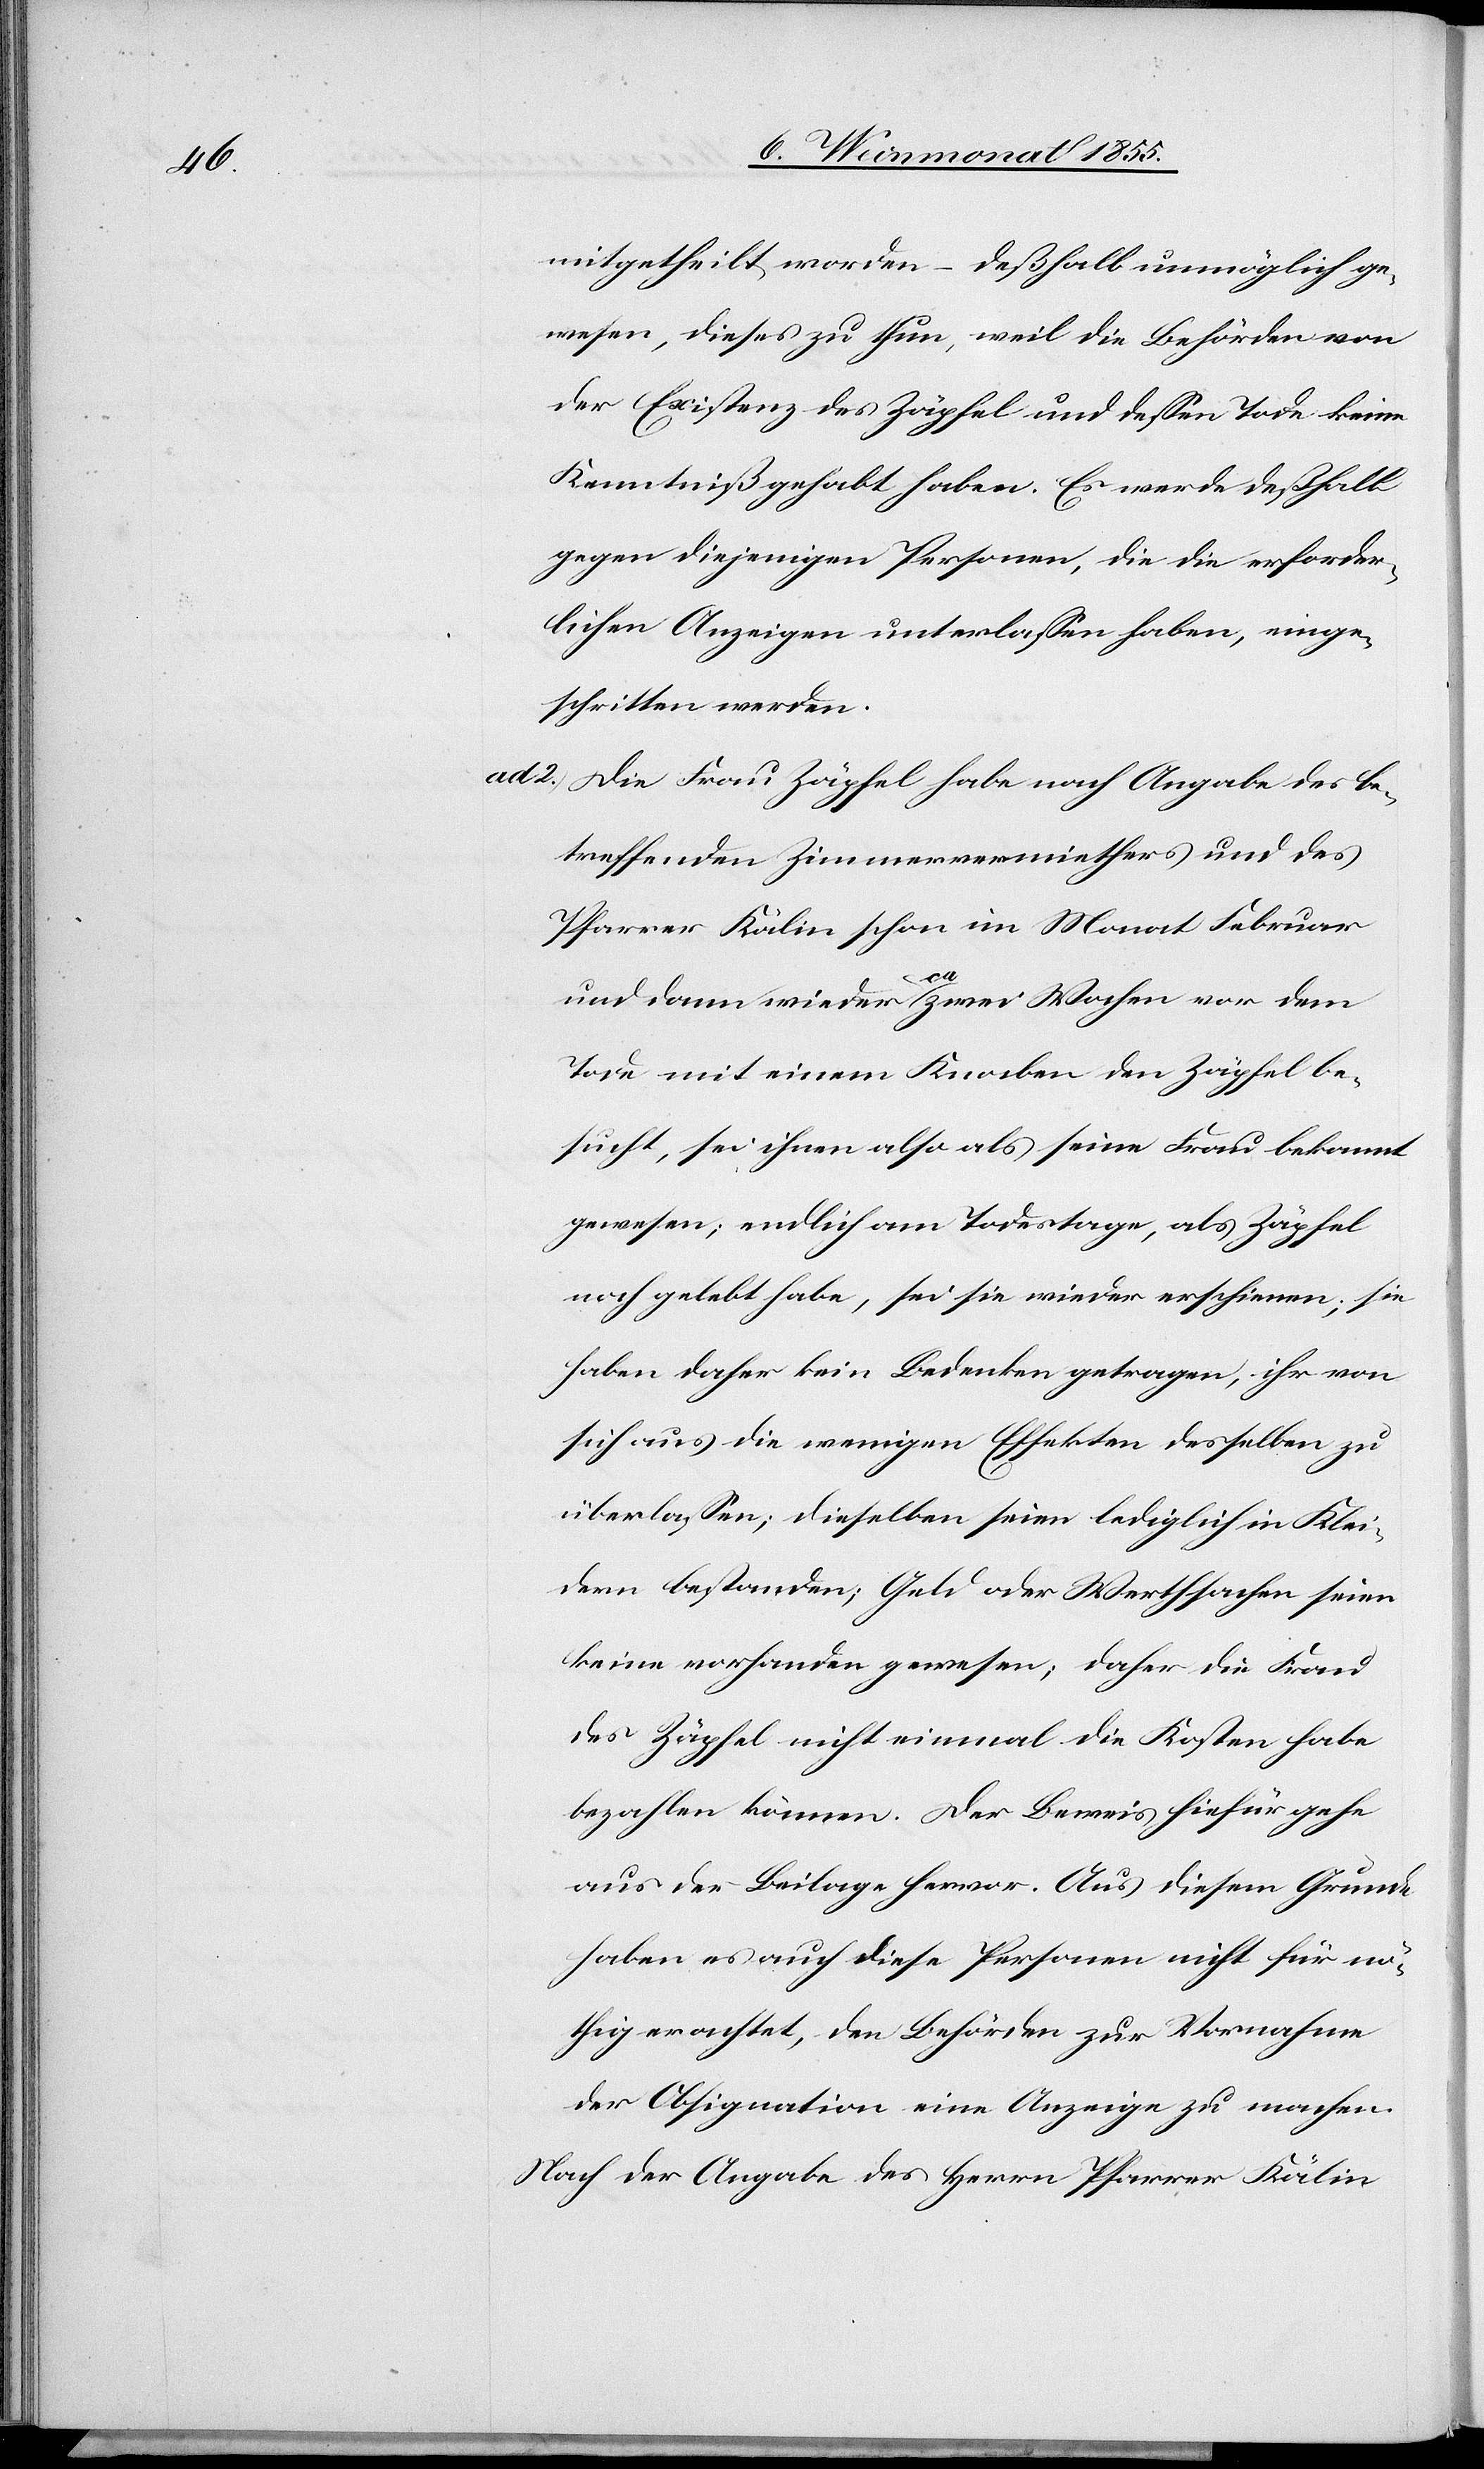
mitgetheilt worden – deßhalb unmöglich ge¬
wesen, dieses zu thun, weil die Behörden von
der Existenz des Zäpfel und dessen Tode keine
Kenntniß gehabt haben. Es werde deßhalb
gegen diejenigen Personen, die die erforder¬
lichen Anzeigen unterlassen haben, einge¬
schritten werden.
Die Frau Zäpfel habe nach Angabe des be¬
treffenden Zimmervermiethers und des
Pfarrer Kälin schon im Monat Februar
und dann wieder ca zwei Wochen vor dem
Tode mit einem Knaben den Zäpfel be¬
sucht, sei ihnen also als seine Frau bekannt
gewesen; endlich am Todestage, als Zäpfel
noch gelebt habe, sei sie wieder erschienen; sie
haben daher kein Bedenken getragen, ihr von
sich aus die wenigen Effekten desselben zu
überlassen; dieselben seien lediglich in Klei¬
dern bestanden; Geld oder Werthsachen seien
keine vorhanden gewesen; daher die Frau
des Zäpfel nicht einmal die Kosten habe
bezahlen können. Der Beweis hiefür gehe
aus der Beilage hervor. Aus diesem Grunde
haben es auch diese Personen nicht für nö¬
thig erachtet, den Behörden zur Vornahme
der Obsignation eine Anzeige zu machen.
Nach der Angabe des Herrn Pfarrer Kälin